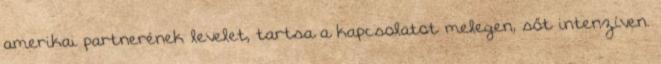
amerikai partnerének levelet, tartsa a kapcsolatot melegen, sőt intenzíven.